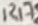
Text: R17